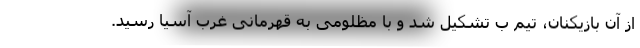
از آن بازیکنان، تیم ب تشکیل شد و با مظلومی به قهرمانی غرب آسیا رسید.